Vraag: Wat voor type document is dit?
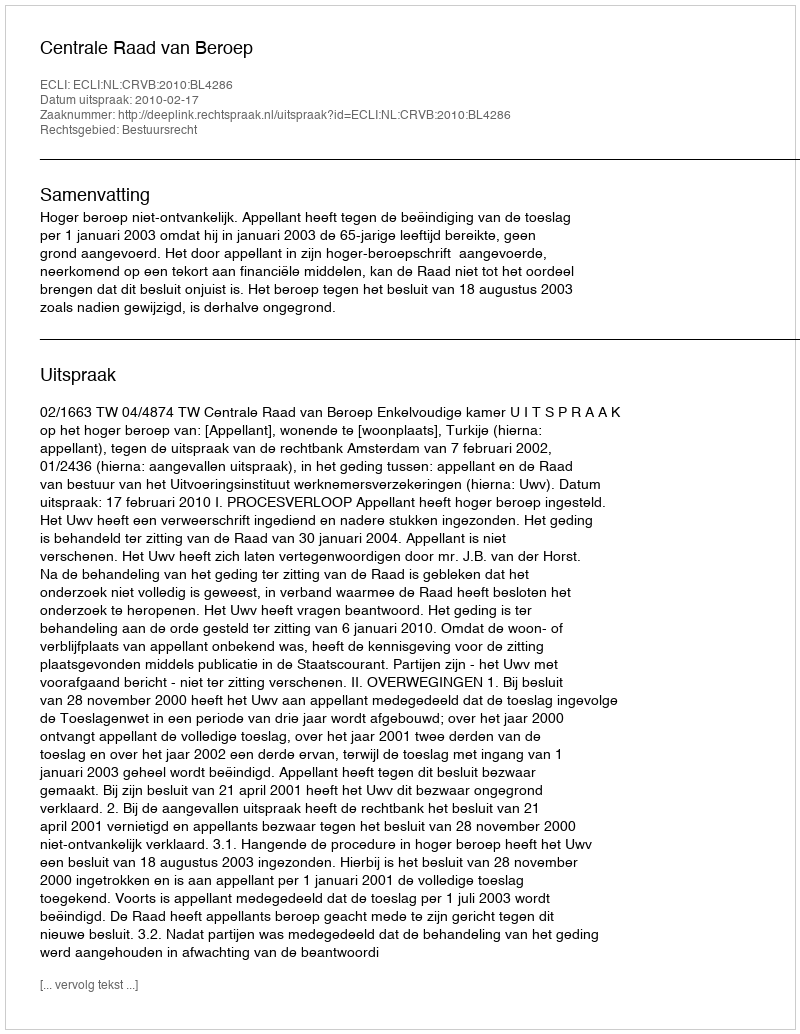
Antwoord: Uitspraak